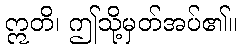
ဣတိ၊ ဤသို့မှတ်အပ်၏။